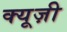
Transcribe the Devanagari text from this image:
क्यूज़ी